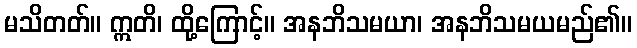
မသိတတ်။ ဣတိ၊ ထို့ကြောင့်။ အနဘိသမယာ၊ အနဘိသမယမည်၏။